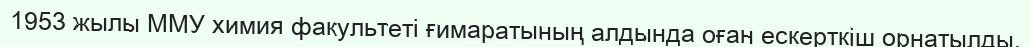
1953 жылы ММУ химия факультеті ғимаратының алдында оған ескерткіш орнатылды.